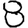
Digit: 8